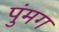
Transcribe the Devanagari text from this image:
पुंमग